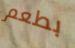
بطعم